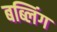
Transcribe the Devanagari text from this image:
बब्लिंग